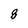
Character: 8